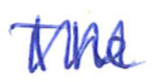
Text: The
Cross-out: zig-zag
Writing tool: ballpoint